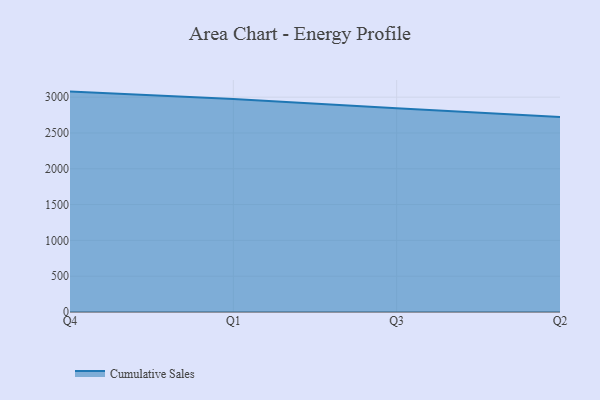
{"axis": {"x": "Quarter", "y": "Tickets Resolved"}, "legend": ["Cumulative Sales"], "data": [{"x": "Q4", "y": 3077.8, "type": "Cumulative Sales"}, {"x": "Q1", "y": 2974.7, "type": "Cumulative Sales"}, {"x": "Q3", "y": 2844.9, "type": "Cumulative Sales"}, {"x": "Q2", "y": 2724.4, "type": "Cumulative Sales"}]}